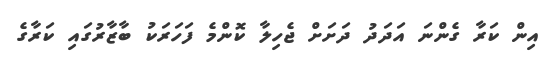
އިން ކަރާ ގެންނަ އަދަދު ދަށަށް ޖެހިލާ ކޮންމެ ފަހަރަކު ބާޒާރުގައި ކަރާގެ